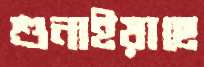
শুনাইয়াছে